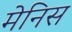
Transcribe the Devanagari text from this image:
मेनिस